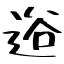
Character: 逧